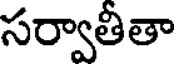
సర్వాతీతా